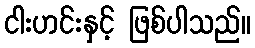
ငါးဟင်းနှင့် ဖြစ်ပါသည်။